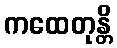
ကထေတုန္တိ